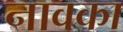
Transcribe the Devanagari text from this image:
नावका